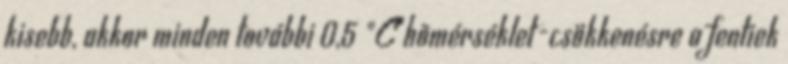
kisebb, akkor minden további 0,5 °C hõmérséklet-csökkenésre a fentiek